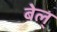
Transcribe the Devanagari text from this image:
बेल्